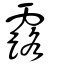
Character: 露